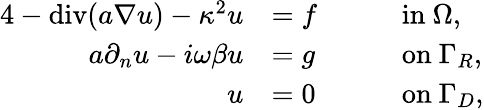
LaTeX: \begin{array}{rlrl}{{4}-\mathrm{div}(a\nabla u)-\kappa^{2}u}&{=f}&{\quad}&{\mathrm{in~}\Omega,}\\ {a\partial_{n}u-i\omega\beta u}&{=g}&{\quad}&{\mathrm{on~}\Gamma_{R},}\\ {u}&{=0}&{\quad}&{\mathrm{on~}\Gamma_{D},}\end{array}